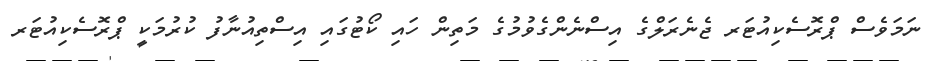
ނަމަވެސް ޕްރޮސެކިއުޓަރ ޖެނެރަލްގެ އިސްނެންގެވުމުގެ މަތިން ހައި ކޯޓުގައި އިސްތިއުނާފު ކުރުމަކީ ޕްރޮސެކިއުޓަރ